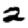
Digit: 2